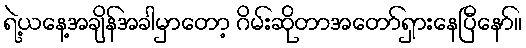
ရဲ့ယနေ့အချိန်အခါမှာတော့ ဂိမ်းဆိုတာအတော်ရှားနေပြီနော်။